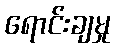
ရောင်းချမှု